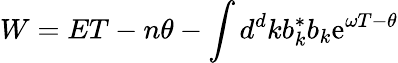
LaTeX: W=ET-n\theta-\int d^{d}kb_{k}^{*}b_{k}\mathrm{e}^{\omega T-\theta}